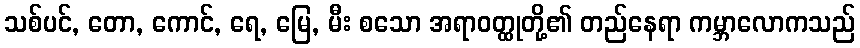
သစ်ပင်, တော, ကောင်, ရေ, မြေ, မီး စသော အရာဝတ္ထုတို့၏ တည်နေရာ ကမ္ဘာလောကသည်